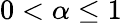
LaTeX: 0<\alpha\leq 1